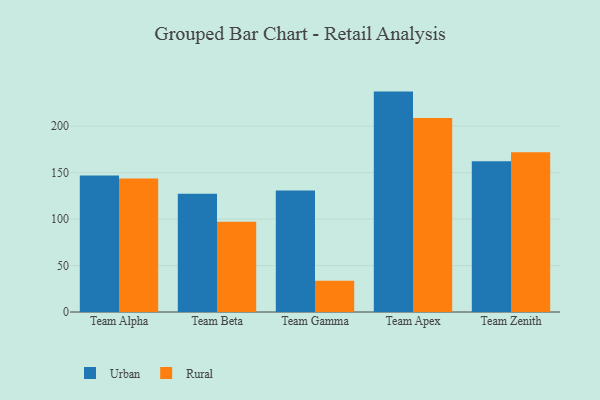
{"axis": {"x": "Team", "y": "Operating Costs (USD K)"}, "legend": ["Rural", "Urban"], "data": [{"x": "Team Alpha", "y": 146.8, "type": "Urban"}, {"x": "Team Alpha", "y": 143.6, "type": "Rural"}, {"x": "Team Beta", "y": 127.3, "type": "Urban"}, {"x": "Team Beta", "y": 97.1, "type": "Rural"}, {"x": "Team Gamma", "y": 130.7, "type": "Urban"}, {"x": "Team Gamma", "y": 33.6, "type": "Rural"}, {"x": "Team Apex", "y": 237.2, "type": "Urban"}, {"x": "Team Apex", "y": 208.7, "type": "Rural"}, {"x": "Team Zenith", "y": 162.2, "type": "Urban"}, {"x": "Team Zenith", "y": 171.9, "type": "Rural"}]}